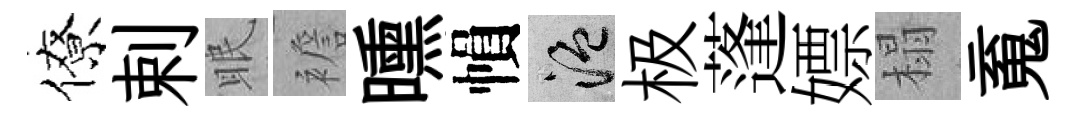
僚剌眠襜曛𢄙温极蓬嫖榻䰟